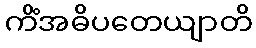
ကိံအဓိပတေယျာတိ